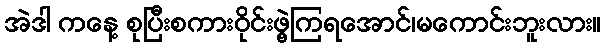
အဲဒါ ကနေ့ စုပြီးစကားဝိုင်းဖွဲ့ကြရအောင်၊မကောင်းဘူးလား။